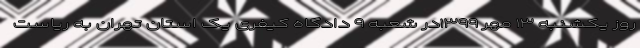
روز یکشنبه ۱۳ مهر ۱۳۹۹در شعبه ۹ دادگاه کیفری یک استان تهران به ریاست